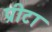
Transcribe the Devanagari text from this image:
प्रीटा